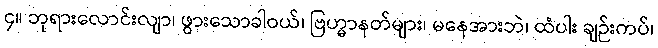
၄။ ဘုရားလောင်းလျာ၊ ဖွားသောခါဝယ်၊ ဗြဟ္မာနတ်များ၊ မနေအားဘဲ၊ ထံပါး ချဉ်းကပ်၊